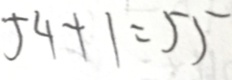
5 4 + 1 = 5 5